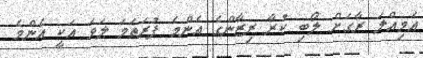
އަމިއްލަ ރާގަށް ލޯބި ކުރާ ރިޒާންގެ އެންމެ ފުރަތަމަ ލަވަ އަކީ އެންމެ